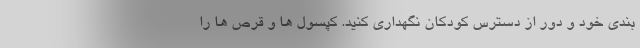
بندی خود و دور از دسترس کودکان نگهداری کنید. کپسول ها و قرص ها را